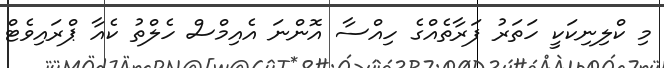
މި ކްލިނިކަކީ ހަތަރު ފަރާތެއްގެ ހިއްސާ އޮންނަ އެއިމްސް ހެލްތު ކެއާ ޕްރައިވެޓް